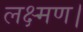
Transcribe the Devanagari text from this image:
लक्ष्मण।